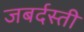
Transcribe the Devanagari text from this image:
जबर्दस्‍ती